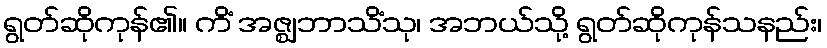
ရွတ်ဆိုကုန်၏။ ကိံ အဇ္ဈဘာသိံသု၊ အဘယ်သို့ ရွတ်ဆိုကုန်သနည်း၊